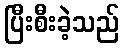
ပြီးစီးခဲ့သည်